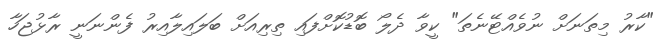
"ކާރު މިތަނަށް ނުވެއްޓޭނެތަ" ކީވާ ދެލޯ ބޮޑުކޮށްފައި ތިރިއަށް ބަލައިލާއިރު ފެންނަނީ ރާޅުޖަހާ